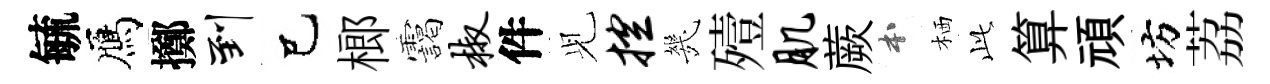
毓鴈擲到己榔靄椒件𫤗控㡬殪肌蕨本栖𬼘算頑坊荔